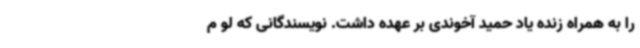
را به همراه زنده یاد حمید آخوندی بر عهده داشت. نویسندگانی که لو م